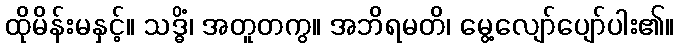
ထိုမိန်းမနှင့်။ သဒ္ဓိံ၊ အတူတကွ။ အဘိရမတိ၊ မွေ့လျော်ပျော်ပါး၏။